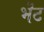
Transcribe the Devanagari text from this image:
भॆंट